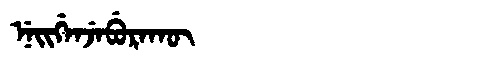
Manchu: ᠨᡝᡳᡤᡝᠨᠵᡝᠪᡠᡵᠠᡴᡡ
Romanization: NEIGENJEBURAKŪ